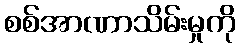
စစ်အာဏာသိမ်းမှုကို